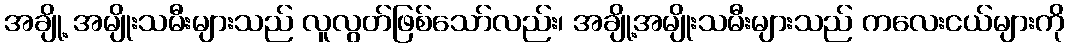
အချို့ အမျိုးသမီးများသည် လူလွတ်ဖြစ်သော်လည်း၊ အချို့အမျိုးသမီးများသည် ကလေးငယ်များကို